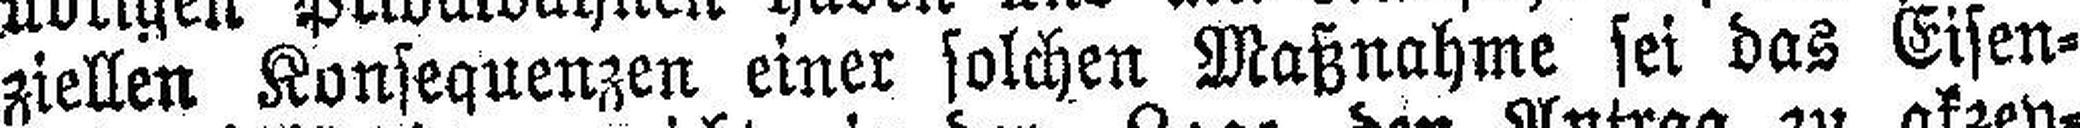
ziellen Konsequenzen einer solchen Maßnahme sei das Eisen¬